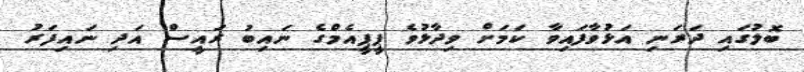
ބޮލުގައި ދަރަނި އަޅުވާފައިވާ ކަމަށް ވިދާޅުވެ ޕީޕީއެމްގެ ނައިބު ރައީސް އަދި ނައިފަރު